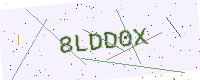
Text: 8LDD0X